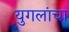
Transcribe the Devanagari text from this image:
युगलांचा